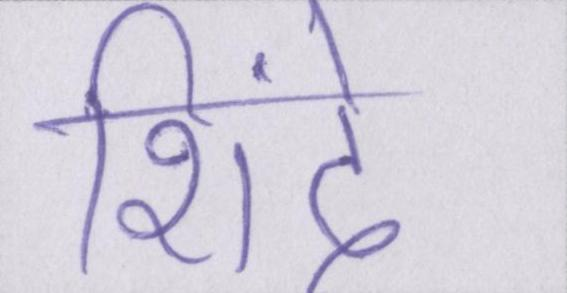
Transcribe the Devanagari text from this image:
शिंदे